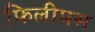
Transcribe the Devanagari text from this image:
फिलीपस